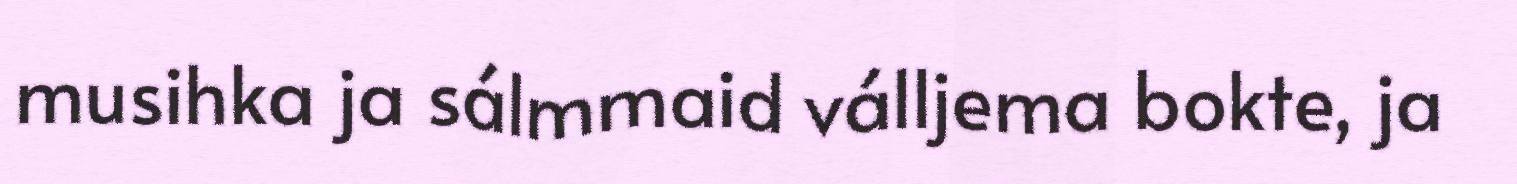
musihka ja sálmmaid válljema bokte, ja